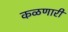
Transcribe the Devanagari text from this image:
कळणारी